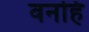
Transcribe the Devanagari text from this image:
वनहिं